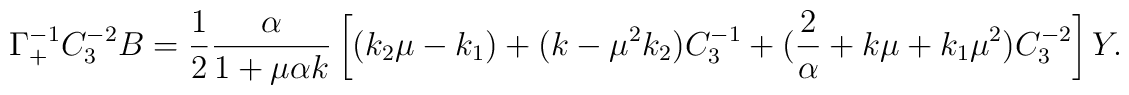
\Gamma_+^{-1} C_3^{-2} B = \frac{1}{ 2} \frac{\alpha}{1 + \mu \alpha k}\left[ (k_2 \mu - k_1) + (k - \mu^2 k_2) C_3^{-1} + (\frac{2}{\alpha}+ k \mu + k_1 \mu^2)C_3^{-2}  \right]Y.